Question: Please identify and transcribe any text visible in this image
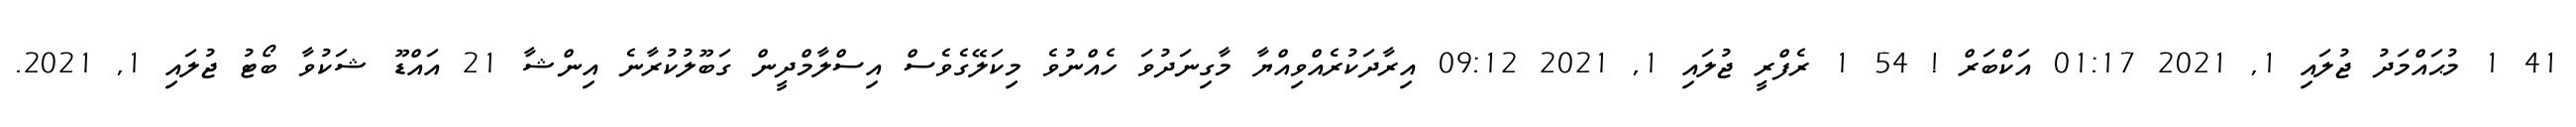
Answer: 41 1 މުޙައްމަދު ޖުލައި 1, 2021 01:17 އަކްބަރް ! 54 1 ރެފްރީ ޖުލައި 1, 2021 09:12 އިރާދަކުރެއްވިއްޔާ މާގިނަދުވަ ހެއްނުވެ މިކަލޭގެވެސް އިސްލާމްދީން ގަބޫލުކުރާނެ އިންޝާ 21 އައްޑޫ ޝަކުވާ ބޯޓު ޖުލައި 1, 2021.